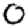
Digit: 0